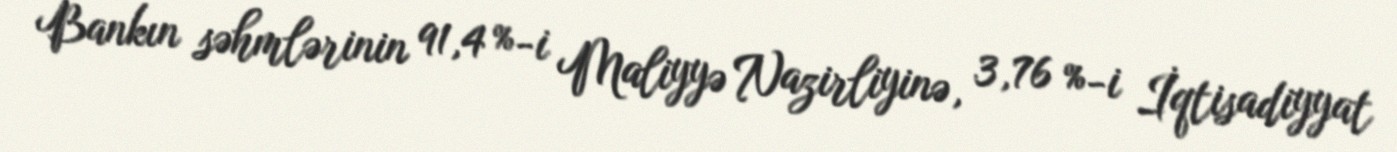
Bankın səhmlərinin 91,4 %-i Maliyyə Nazirliyinə, 3,76 %-i İqtisadiyyat